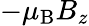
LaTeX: -\mu_{\mathrm{{B}}}B_{z}